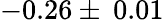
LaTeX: -0.26\pm\: 0.01